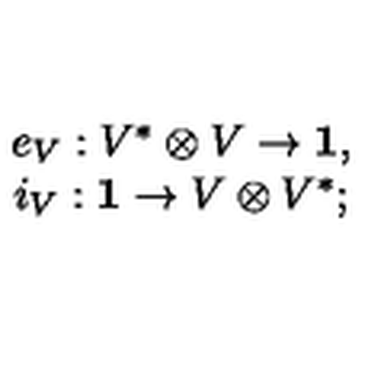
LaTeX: \begin{array} { c } { e _ { V } : V ^ { * } \otimes V \to { \bf 1 } , } \\ { i _ { V } : { \bf 1 } \to V \otimes V ^ { * } ; } \\ \end{array}